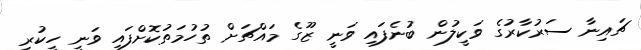
ޗައިނާ ސަރުކާރުގެ ވަކީލުން ބުނެފައި ވަނީ ޒޫގެ މައްޗަށް ތުހުމަތުކޮށްފައި ވަނީ ހީކުރި